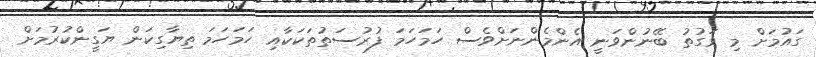
ގައުމަށް މި ވަގުތު ބޭނުންވަނީ އެންމެންނަށްވެސް ހަމަހަމަ ފުރުސަތުތަކަކާއި ހަމަހަމަ ތިޔާގިކަން ޔަގީންކުރުމަށް